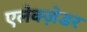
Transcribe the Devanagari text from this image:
एलेक्ज़ेडर